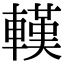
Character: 𨎔